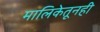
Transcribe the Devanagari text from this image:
मालिकेतूनही